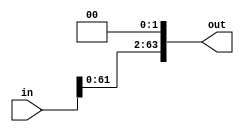
module ShiftLeft (in , out);
parameter delay = 10;
input [63:0] in;
output [63:0] out;
assign out = in << 2;
//assign #delay out  = {in[61:0], 2'b00};
always @(*)
$display ("ShiftLeft:\nIn =  %b \nOut = %b\n",in, out);
endmodule